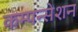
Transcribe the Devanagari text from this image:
कम्पन्सेशन